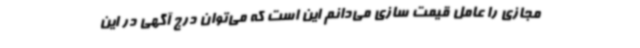
مجازی را عامل قیمت سازی می‌دانم این است که می‌توان درج آگهی در این